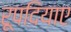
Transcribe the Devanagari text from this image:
रूपदियाए